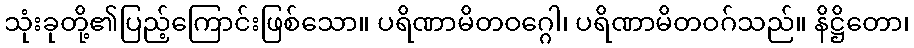
သုံးခုတို့၏ပြည့်ကြောင်းဖြစ်သော။ ပရိဏာမိတဝဂ္ဂေါ၊ ပရိဏာမိတဝဂ်သည်။ နိဋ္ဌိတော၊